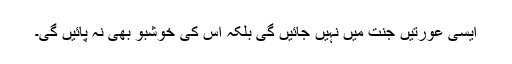
ایسی عورتیں جنت میں نہیں جائیں گی بلکہ اس کی خوشبو بھی نہ پائیں گی۔